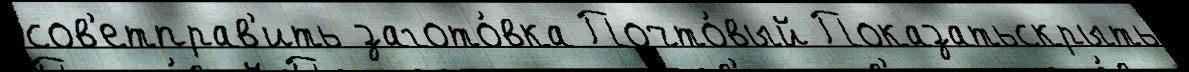
сов'етправ'ить загото́вка Почто́вый Показатьскрыть